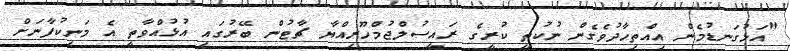
"އަޅުގަނޑުމެން އިއްތިހާދުވެގެން ނުކުތީ ކުރީގެ ރައީސުލްޖުމްހޫރިއްޔާ ޗާޓުން ބޭރުގައި އުޅުއްވާތީ އެ މަނިކުފާނަށް